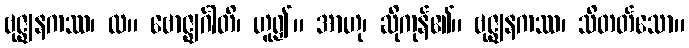
ဗုဇ္ဈနကဿ၊ လ။ ဗောဇ္ဈင်္ဂါတိ၊ ဟူ၍။ အာဟု၊ ဆိုကုန်၏။ ဗုဇ္ဈနကဿ၊ သိတတ်သော။